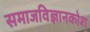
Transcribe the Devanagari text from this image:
समाजविज्ञानकोश